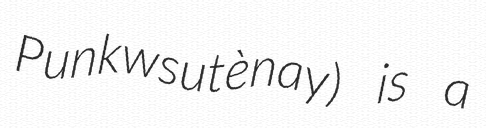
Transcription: Punkwsutènay) is a